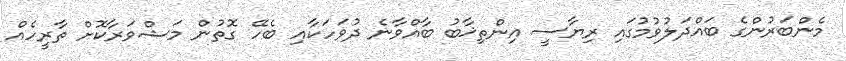
މެންބަރުންގެ ބައްދަލުވުމުގައި ރިޔާސީ އިންތިޚާބު ބާއްވާނެ ދުވަހަކާއި ބެހޭ ގޮތުން މަޝްވަރާކޮށް ތާރީހެއް